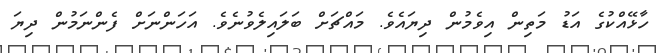
ހާޅޭއްކުގެ އަޑު މަތިން އިވެމުން ދިޔައެވެ. މައްޗަށް ބަލައިލެވުނެވެ. އަހަންނަށް ފެންނަމުން ދިޔަ